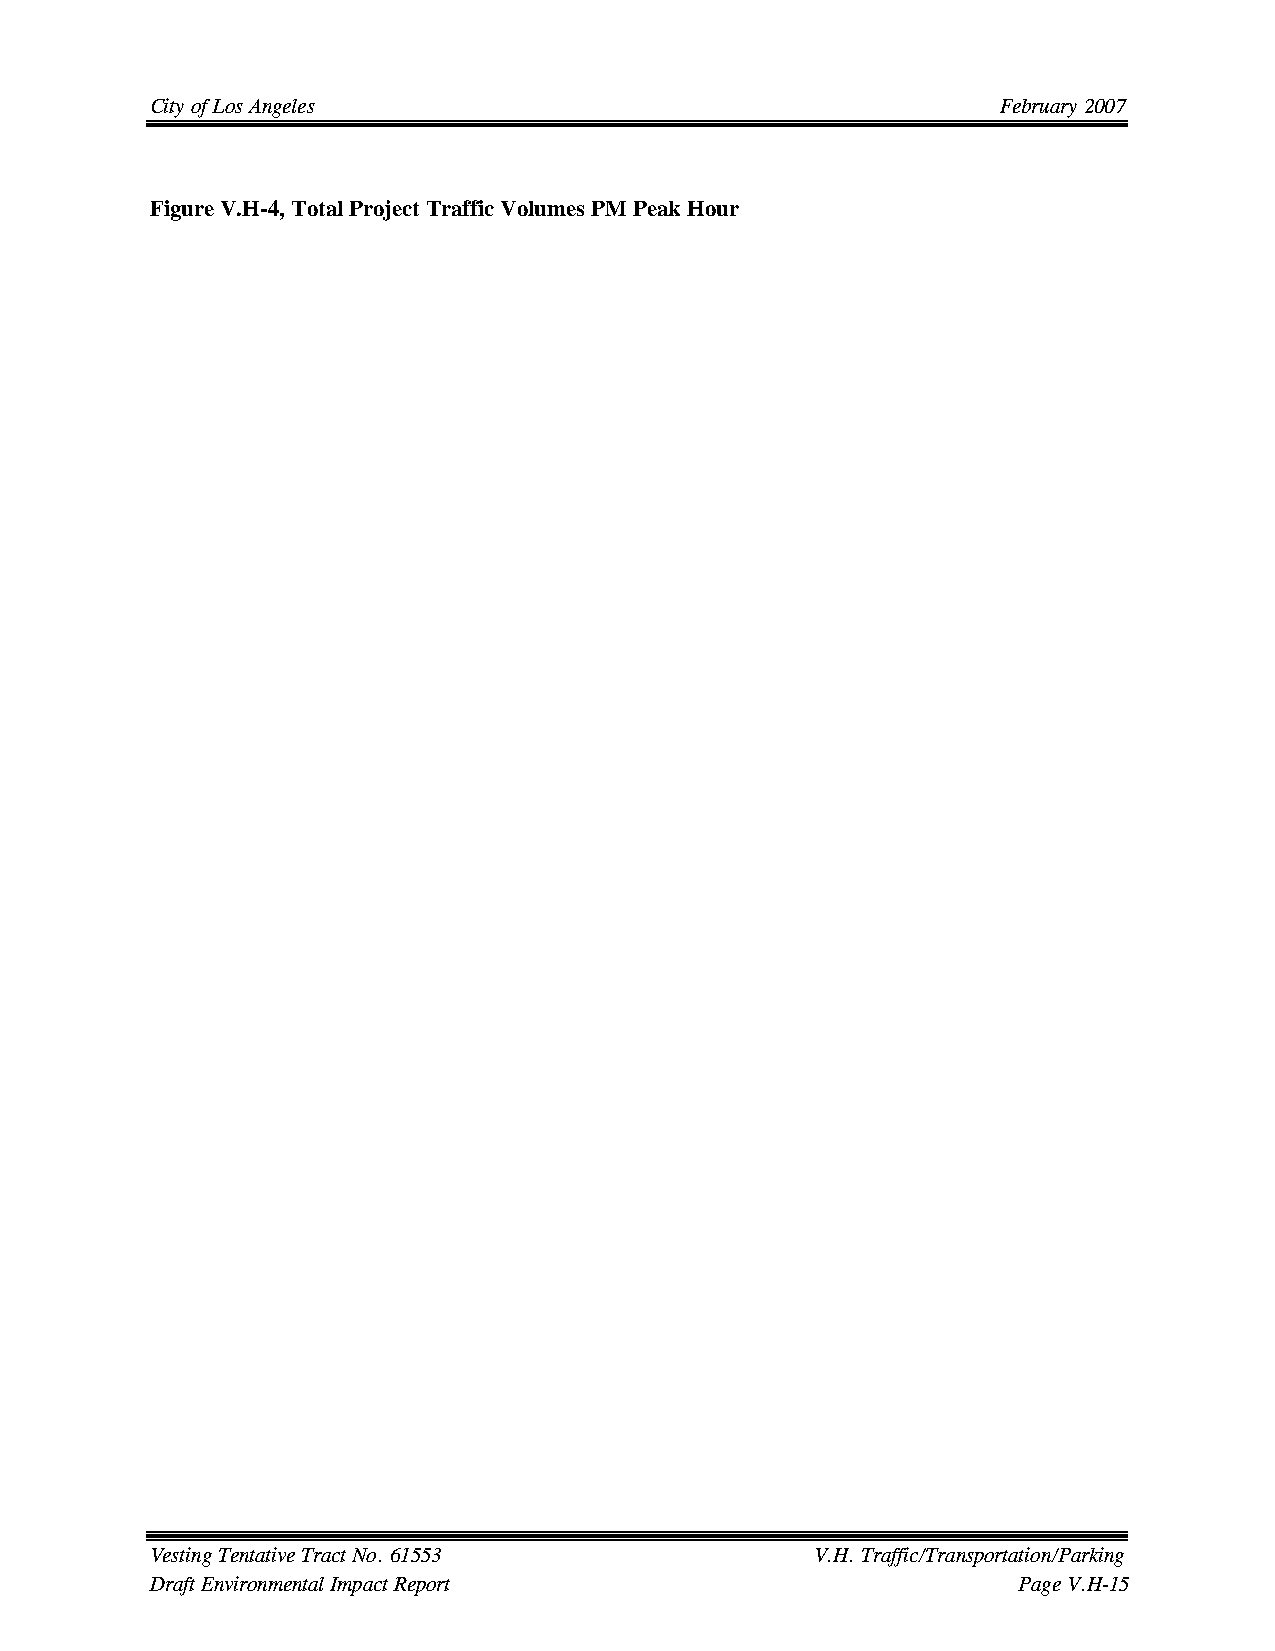
City of Los Angeles                                     February 2007
 Figure V.H-4, Total Project Traffic Volumes PM Peak Hour
 Vesting Tentative Tract No. 61553           V.H. Traffic/Transportation/Parking
 Draft Environmental Impact Report                        Page V.H-15